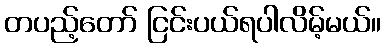
တပည့်တော် ငြင်းပယ်ရပါလိမ့်မယ်။